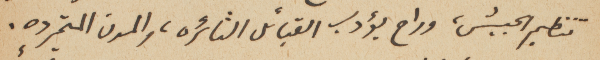
تنظيم الجيش، وراح يؤدب القبائل الثائره، والمدن المتمرده.